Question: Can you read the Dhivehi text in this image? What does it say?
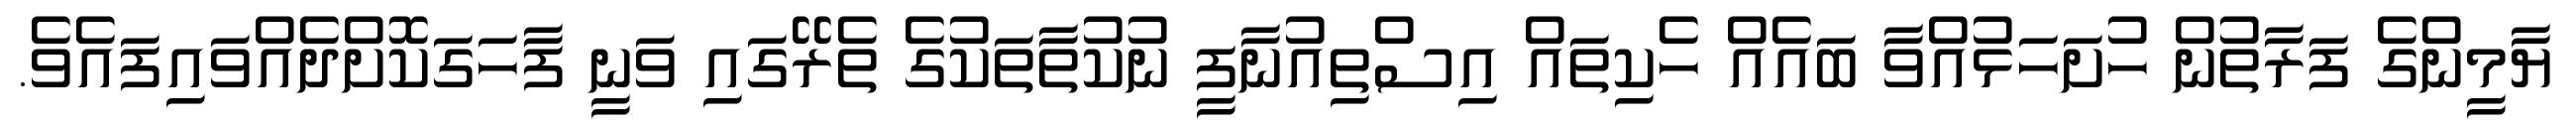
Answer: ޔާމީންގެ ފަރާތުން ހުށަހަޅުއްވާ ބައެއް ހެކިތައް އިސްތިއުނާފީ ނުކުތާތަކުގެ ތެރޭގައި ވަނީ ފާހަގަކޮށްދެއްވައިފައެވެ.